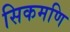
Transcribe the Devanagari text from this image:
सिकमणि